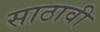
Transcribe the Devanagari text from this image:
साठावी